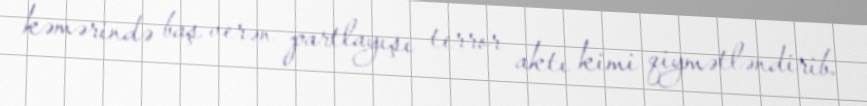
kəmərində baş verən partlayışı terror aktı kimi qiymətləndirib.